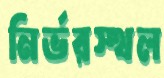
নির্ভরস্থল